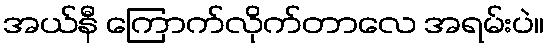
အယ်နီ ကြောက်လိုက်တာလေ အရမ်းပဲ။